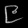
Digit: ၉